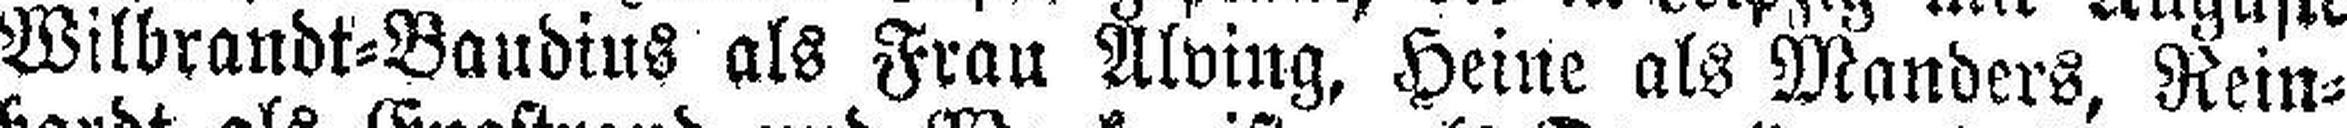
Wilbrandt=Baudius als Frau Alving, Heine als Manders, Rein¬